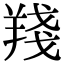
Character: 𦎗